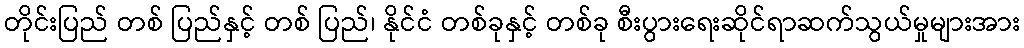
တိုင်းပြည် တစ် ပြည်နှင့် တစ် ပြည်၊ နိုင်ငံ တစ်ခုနှင့် တစ်ခု စီးပွားရေးဆိုင်ရာဆက်သွယ်မှုများအား